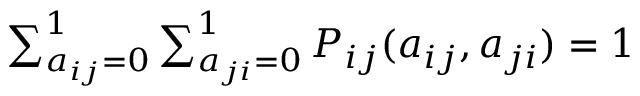
\begin{array} { r } { \sum _ { a _ { i j } = 0 } ^ { 1 } \sum _ { a _ { j i } = 0 } ^ { 1 } P _ { i j } ( a _ { i j } , a _ { j i } ) = 1 } \end{array}